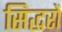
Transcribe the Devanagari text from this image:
सिद्धरों